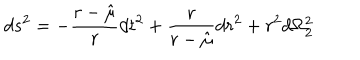
d s ^ { 2 } = - { \frac { r - \hat { \mu } } { r } } d t ^ { 2 } + { \frac { r } { r - \hat { \mu } } } d r ^ { 2 } + r ^ { 2 } d \Omega _ { 2 } ^ { 2 }